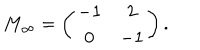
LaTeX: M _ { \infty } = \left( \begin{array} { c c } { { - 1 } } & { { 2 } } \\ { { 0 } } & { { - 1 } } \\ \end{array} \right) .